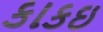
કાકઇ